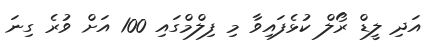
އަދި ލީޑް ރޯލް ކުޅެފައިވާ މި ފިލްމްގައި 100 އަށް ވުރެ ގިނަ